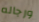
ورجاله